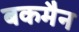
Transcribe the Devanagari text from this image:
बकमैन